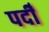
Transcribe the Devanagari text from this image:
पदीँ